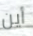
أين